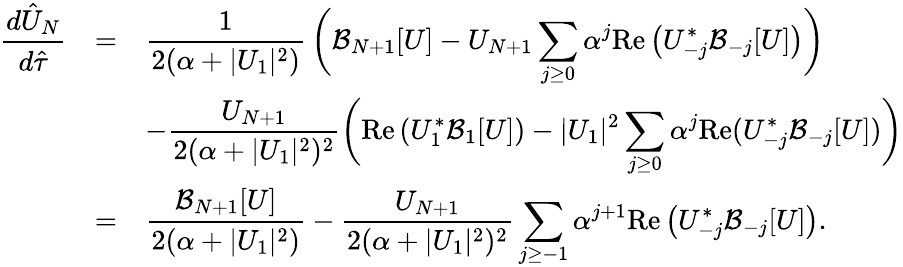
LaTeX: \begin{array}{rcl}{\displaystyle\frac{d\hat{U}_{N}}{d\hat{\tau}}}&{=}&{\displaystyle\frac{1}{2(\alpha+|U_{1}|^{2})}\, \bigg(\mathcal{B}_{N+1}[U]-U_{N+1}\sum_{j\ge 0}\alpha^{j}\mathrm{Re}\left(U_{-j}^{*}\mathcal{B}_{-j}[U]\right)\bigg)}\\ &&{\displaystyle-\frac{U_{N+1}}{2(\alpha+|U_{1}|^{2})^{2}}\bigg(\mathrm{Re}\, (U_{1}^{*}\mathcal{B}_{1}[U])-|U_{1}|^{2}\sum_{j\ge 0}\alpha^{j}\mathrm{Re}(U_{-j}^{*}\mathcal{B}_{-j}[U])\bigg)}\\ &{=}&{\displaystyle\frac{\mathcal{B}_{N+1}[U]}{2(\alpha+|U_{1}|^{2})}-\frac{U_{N+1}}{2(\alpha+|U_{1}|^{2})^{2}}\sum_{j\ge-1}\alpha^{j+1}\mathrm{Re}\left(U_{-j}^{*}\mathcal{B}_{-j}[U]\right).}\end{array}